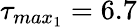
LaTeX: \tau_{max_{1}}=6.7